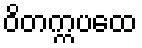
ဝိတက္ကပထေ